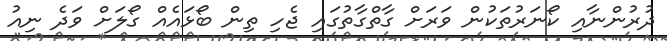
ދުރުންނާއި ކޯނަރުތަކުން ވަރަށް ގާތްގާތުގައި ޖެހި ތިން ބޯޅައެއް ގޯލަށް ވަދެ ނިއު